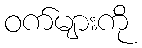
ဝက်များကို